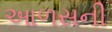
આળસની